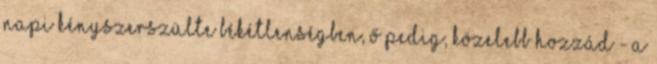
napi kényszerszülte békétlenségben, ő pedig, közelebb hozzád - a